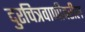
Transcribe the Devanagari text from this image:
दुरचित्रवाणीवरील